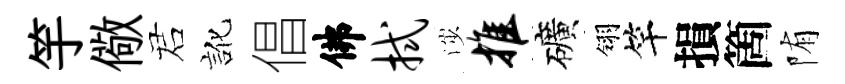
竽儆诺訛倡佛拭渉推礦翎竿損箇陏